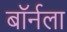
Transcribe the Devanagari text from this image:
बॉर्नला